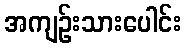
အကျဉ်းသားပေါင်း